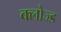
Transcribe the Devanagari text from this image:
क्‍लोज्‍ड